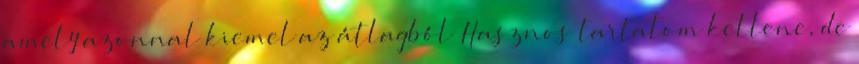
amely azonnal kiemel az átlagból Hasznos tartalom kellene, de